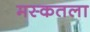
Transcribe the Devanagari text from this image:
मस्कतला